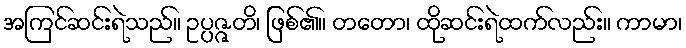
အကြင်ဆင်းရဲသည်။ ဥပ္ပဇ္ဇတိ၊ ဖြစ်၏။ တတော၊ ထိုဆင်းရဲထက်လည်း။ ကာမာ၊